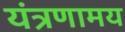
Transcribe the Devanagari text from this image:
यंत्रणामय